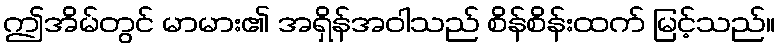
ဤအိမ်တွင် မာမား၏ အရှိန်အဝါသည် စိန်စိန်းထက် မြင့်သည်။